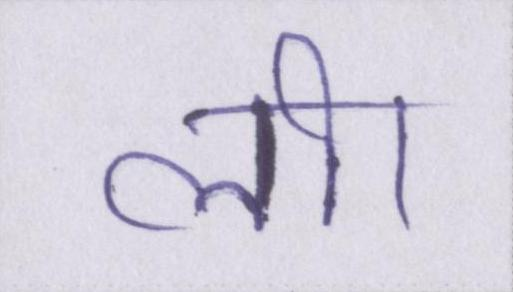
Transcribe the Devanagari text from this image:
ली।